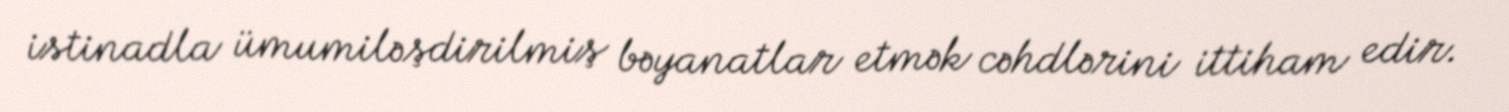
istinadla ümumiləşdirilmiş bəyanatlar etmək cəhdlərini ittiham edir.